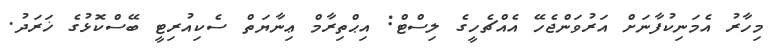
މިހާރު އެމަނިކުފާނަށް އަރުވަންޖެހޭ އެއްޗެހީގެ ލިސްޓް: އިޙްތިރާމް ޢިނާޔަތް ސެކިއުރިޓީ ބޭސްކޮޅުގެ ޚަރަދު.